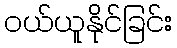
ဝယ်ယူနိုင်ခြင်း